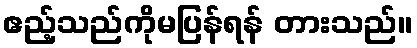
ဧည့်သည်ကိုမပြန်ရန် တားသည်။